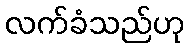
လက်ခံသည်ဟု